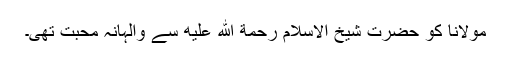
مولانا کو حضرت شیخ الاسلام رحمة الله عليه سے والہانہ محبت تھی۔